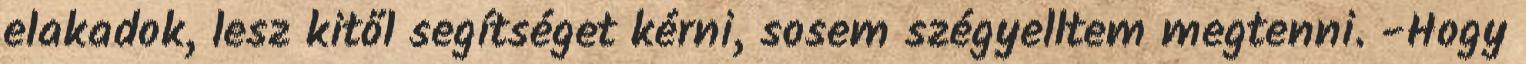
elakadok, lesz kitől segítséget kérni, sosem szégyelltem megtenni. -Hogy